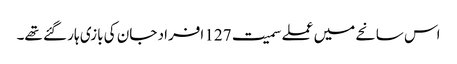
اس سانحے میں عملے سمیت 127 افراد جان کی بازی ہار گئے تھے۔